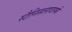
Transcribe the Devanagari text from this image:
स्टैनिसलावास्की